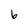
Character: 6